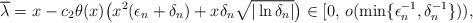
LaTeX: \begin{align*}\overline{\lambda}=x - c_{2} \theta(x) \big( x^2 ( \epsilon_n + \delta_n) + x \delta_n\sqrt{|\ln \delta_n|} \big) \in [0, \, o(\min\{\epsilon_n^{-1}, \delta_n^{-1 } \})) ,\end{align*}